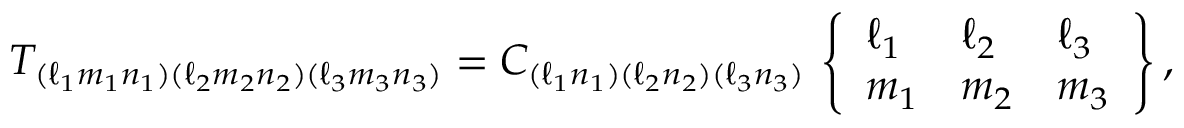
T _ { ( \ell _ { 1 } m _ { 1 } n _ { 1 } ) ( \ell _ { 2 } m _ { 2 } n _ { 2 } ) ( \ell _ { 3 } m _ { 3 } n _ { 3 } ) } = C _ { ( \ell _ { 1 } n _ { 1 } ) ( \ell _ { 2 } n _ { 2 } ) ( \ell _ { 3 } n _ { 3 } ) } \, \left\{ \begin{array} { l l l } { \ell _ { 1 } } & { \ell _ { 2 } } & { \ell _ { 3 } } \\ { m _ { 1 } } & { m _ { 2 } } & { m _ { 3 } } \end{array} \right\} ,